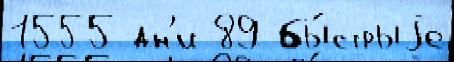
1555 дн'и 89 бы́стрыjе